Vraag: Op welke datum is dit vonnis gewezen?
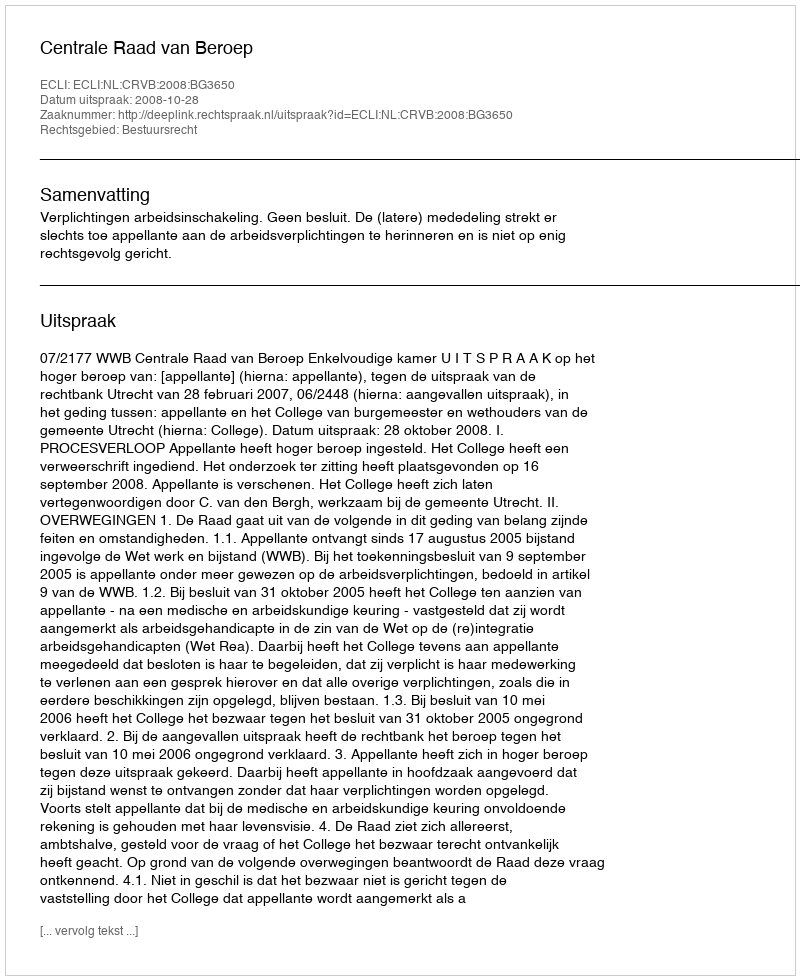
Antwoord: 2008-10-28